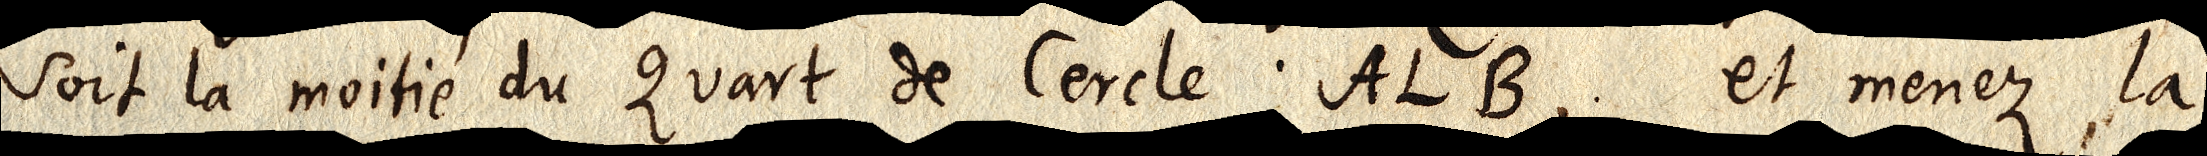
soit la moitié du Quart de Cercle ALB, et menez la